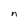
Character: n